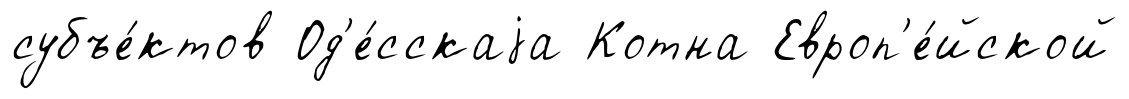
субъе́ктов Од'е́сскаjа Котна Европ'е́йской